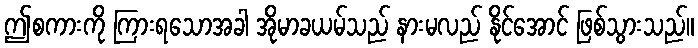
ဤစကားကို ကြားရသောအခါ အိုမာခယမ်သည် နားမလည် နိုင်အောင် ဖြစ်သွားသည်။